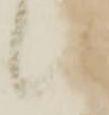
候